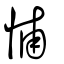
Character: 悑